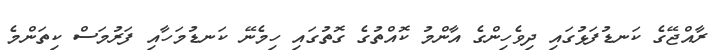
ރާއްޖޭގެ ކަނޑުފަޅުގައި ދިވެހިންގެ އާންމު ކޮއްތުގެ ގޮތުގައި ހިމެނޭ ކަނޑުމަހާއި ފަރުމަސް ކިތަންމެ